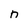
Character: n